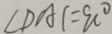
\angle D A C = 9 0 ^ { \circ }